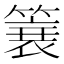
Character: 簔